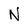
Character: N